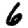
Digit: 6